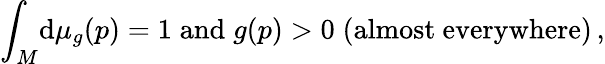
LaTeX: \int_{M}\! \mathrm{d}\mu_{g}(p)=1\; \mathrm{and}\; g(p)>0\; \mathrm{(almost~everywhere)}\, ,